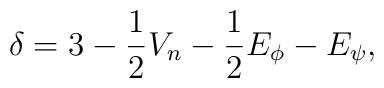
\delta =3-\frac{1}{2}V_{n}-\frac{1}{2}E_{\phi }-E_{\psi },